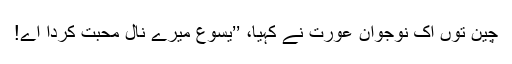
چین توں اِک نوجوان عورت نے کہیا، ’’یسوع میرے نال محبت کردا اے!